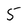
Character: 5